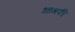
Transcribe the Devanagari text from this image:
भागकी